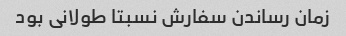
زمان رساندن سفارش نسبتا طولانی بود